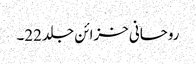
روحانی خزائن جلد 22۔